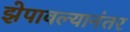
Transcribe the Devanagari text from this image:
झेपावल्यानंतर